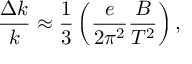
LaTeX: \frac { \Delta k } { k } \approx \frac { 1 } { 3 } \left( \frac { e } { 2 \pi ^ { 2 } } \frac { B } { T ^ { 2 } } \right) ,